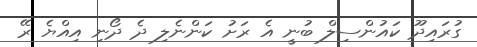
ގުރައިދޫ ކައުންސިލް ބުނީ އެ ރަށު ކަންނެލި ދެ ދޯނި އިއްޔެ ރޭ